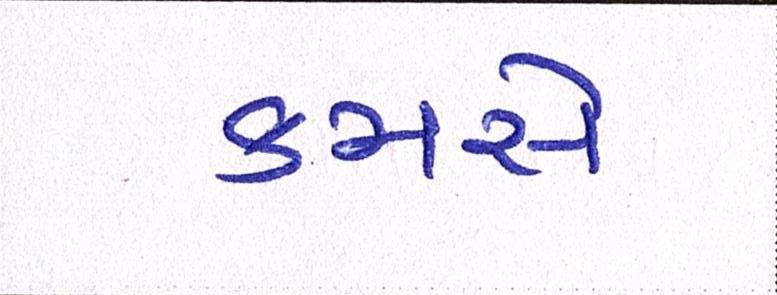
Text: કમસે